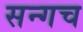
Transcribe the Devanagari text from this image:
सन्गच